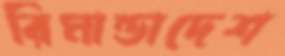
রিমান্ডাদেশ